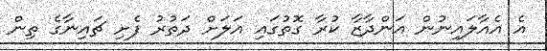
އެ އެއާލައިނުން އަންދާޒާ ކުރާ ގޮތުގައި އަލަށް ދަތުރު ފެށި ޗައިނާގެ ތިން